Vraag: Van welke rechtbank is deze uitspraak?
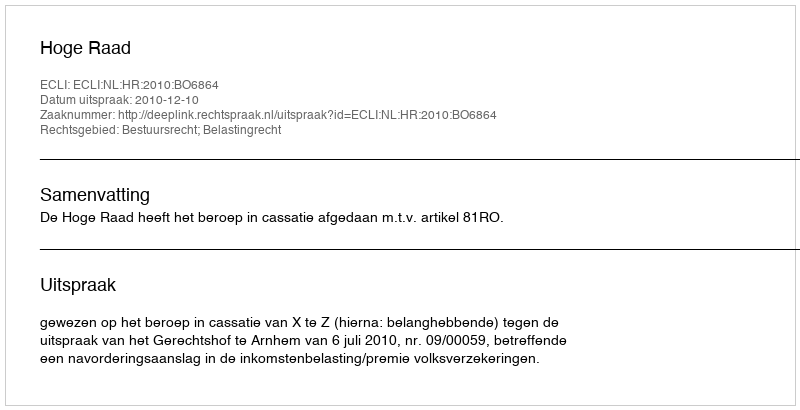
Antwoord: Hoge Raad